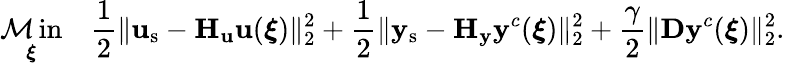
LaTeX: \operatorname*{\mathcal{M}in}_{\boldsymbol{\xi}}\quad\frac{{1}}{{2}}\| \mathbf{{u}}_{\mathrm{{s}}}-\mathbf{{H}}_{\mathbf{{u}}}\mathbf{{u}}(\boldsymbol{\xi})\| _{2}^{2}+\frac{{1}}{{2}}\| \mathbf{{y}}_{\mathrm{{s}}}-\mathbf{{H}}_{\mathbf{{y}}}\mathbf{{y}}^{c}(\boldsymbol{\xi})\| _{2}^{2}+\frac{{\gamma}}{{2}}\| \mathbf{{D}}\mathbf{{y}}^{c}(\boldsymbol{\xi})\| _{2}^{2}.